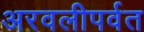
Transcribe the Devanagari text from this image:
अरवलीपर्वत